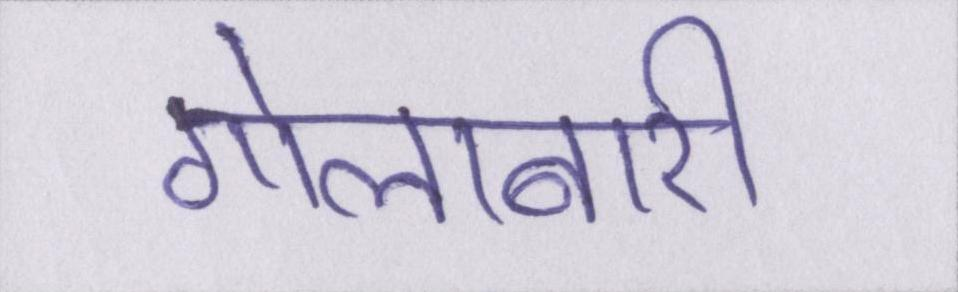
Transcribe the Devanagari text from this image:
गोलाबारी